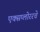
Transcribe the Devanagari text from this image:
एक्सप्लोररचे